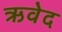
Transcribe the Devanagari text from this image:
ऋवेद